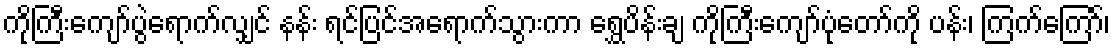
ကိုကြီးကျော်ပွဲရောက်လျှင် နန်း ရင်ပြင်အရောက်သွားကာ ရွှေပိန်းချ ကိုကြီးကျော်ပုံတော်ကို ပန်း၊ ကြက်ကြော်၊